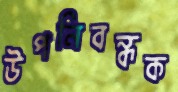
উপনিবন্ধক